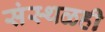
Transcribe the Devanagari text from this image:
संस्थळही